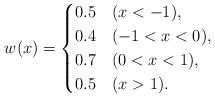
LaTeX: \begin{align*}w(x) = \begin{cases} 0.5 & (x<-1) ,\\0.4 & (-1 <x<0),\\0.7 & (0<x<1),\\0.5 & (x>1).\end{cases}\end{align*}